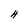
Character: H